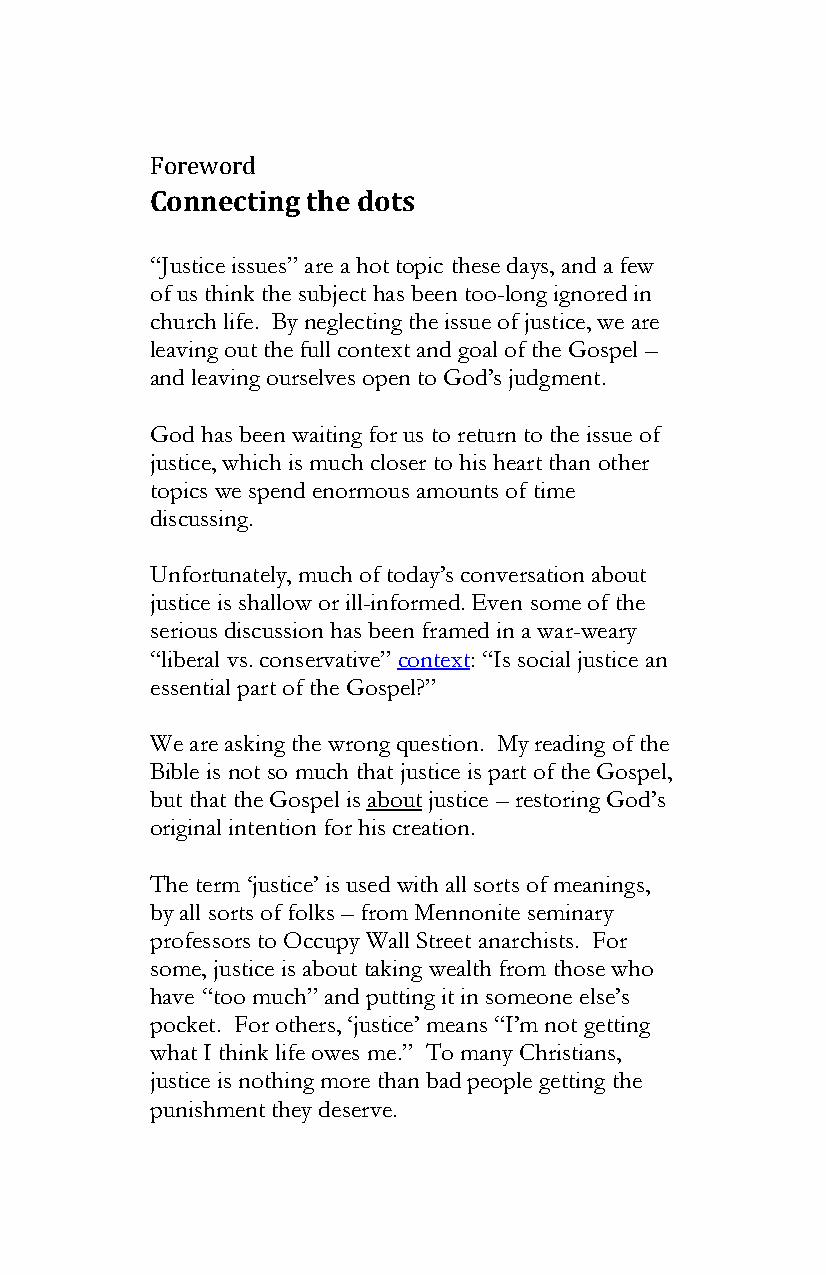
Foreword
 Connecting the dots
 “Justice issues” are a hot topic these days, and a few
 of us think the subject has been too-long ignored in
 church life. By neglecting the issue of justice, we are
 leaving out the full context and goal of the Gospel –
 and leaving ourselves open to God’s judgment.
 God has been waiting for us to return to the issue of
 justice, which is much closer to his heart than other
 topics we spend enormous amounts of time
 discussing.
 Unfortunately, much of today’s conversation about
 justice is shallow or ill-informed. Even some of the
 serious discussion has been framed in a war-weary
 “liberal vs. conservative” context: “Is social justice an
 essential part of the Gospel?”
 We are asking the wrong question. My reading of the
 Bible is not so much that justice is part of the Gospel,
 but that the Gospel is about justice – restoring God’s
 original intention for his creation.
 The term ‘justice’ is used with all sorts of meanings,
 by all sorts of folks – from Mennonite seminary
 professors to Occupy Wall Street anarchists. For
 some, justice is about taking wealth from those who
 have “too much” and putting it in someone else’s
 pocket. For others, ‘justice’ means “I’m not getting
 what I think life owes me.” To many Christians,
 justice is nothing more than bad people getting the
 punishment they deserve.